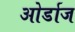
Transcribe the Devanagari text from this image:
ओर्डाज